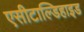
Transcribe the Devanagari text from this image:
एसीटाल्डिहाइड